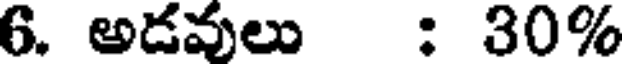
6. అడవులు : 30%